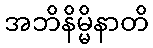
အဘိနိမ္မိနာတိ